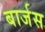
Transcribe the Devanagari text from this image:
बार्जस